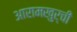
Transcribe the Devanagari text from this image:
आरामखुर्ची